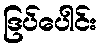
ဒြပ်ပေါင်း